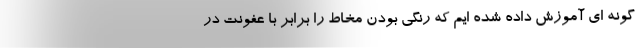
گونه ای آموزش داده شده ایم که رنگی بودن مخاط را برابر با عفونت در